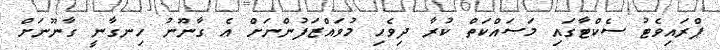
ޕްރައިވެޓު ސެކްޓާގައި މަސައްކަތް ކުރާ ދިވެހި މުވައްޒަފުންނަށް އެ ގާނޫނު ހިނގާނީ ގާނޫނަށް